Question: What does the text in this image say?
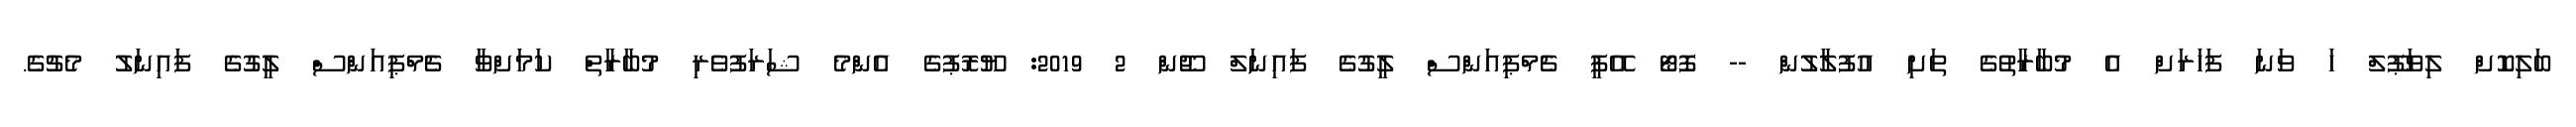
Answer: ބަލިކޮށް ލިވަޕޫލް ހަ ވަނަ ފަހަރަށް އެ މުބާރާތުގެ ތަށި އުފުލާލުން -- ފޮޓޯ އޭޕީ ޗެމްޕިއަންސް ލީގުގެ ފައިނަލް ޖޫން 2 2019: ޔޫރޮޕުގެ އެންމެ ޝަރަފުވެރި މުބާރާތް ކަމަށްވާ ޗެމްޕިއަންސް ލީގުގެ ފައިނަލު މެޗުގެ.